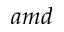
a m d